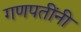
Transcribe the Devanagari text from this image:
गणपतींनी